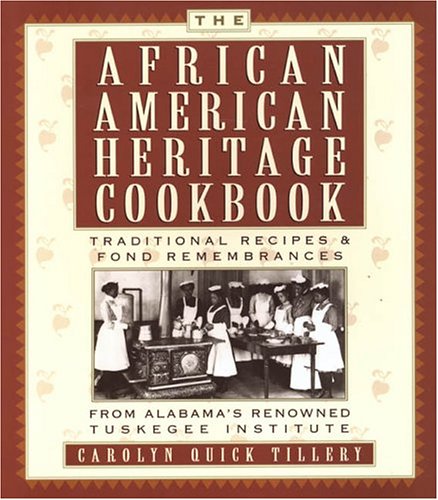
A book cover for The African-American Heritage Cookbook: Traditional Recipes and Fond Remembrances From Alabama's Renowned Tuskegee Institute; Carolyn Quick Tillery; Cookbooks, Food & Wine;